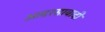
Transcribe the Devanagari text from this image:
आदरसावादी